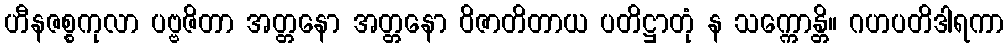
ဟီနဇစ္စကုလာ ပဗ္ဗဇိတာ အတ္တနော အတ္တနော ဝိဇာတိတာယ ပတိဋ္ဌာတုံ န သက္ကောန္တိ။ ဂဟပတိဒါရကာ